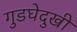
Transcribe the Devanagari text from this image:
गुडघेदुखी